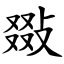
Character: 敠